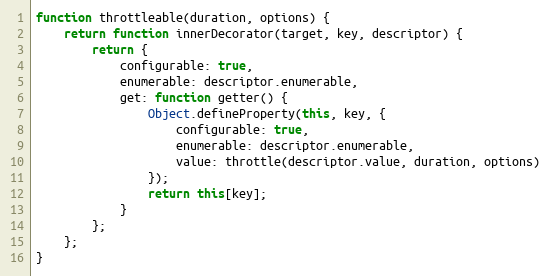
Language: JavaScript
function throttleable(duration, options) {
    return function innerDecorator(target, key, descriptor) {
        return {
            configurable: true,
            enumerable: descriptor.enumerable,
            get: function getter() {
                Object.defineProperty(this, key, {
                    configurable: true,
                    enumerable: descriptor.enumerable,
                    value: throttle(descriptor.value, duration, options)
                });
                return this[key];
            }
        };
    };
}